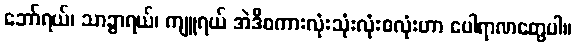
ဘော်ရယ်၊ သာခွာရယ်၊ ကျူရယ် အဲဒီစကားလုံးသုံးလုံးစလုံးဟာ ပေါရာဏတွေပါ။